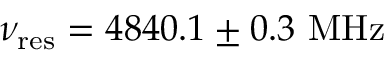
\nu _ { \mathrm { r e s } } = 4 8 4 0 . 1 \pm 0 . 3 ~ \mathrm { M H z }